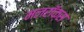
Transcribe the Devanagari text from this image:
मलरॉक्स